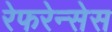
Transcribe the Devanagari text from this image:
रेफरेन्सेस